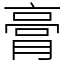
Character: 膏